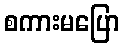
စကားမပြော